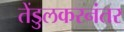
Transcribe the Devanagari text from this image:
तेंडुलकरनंतर